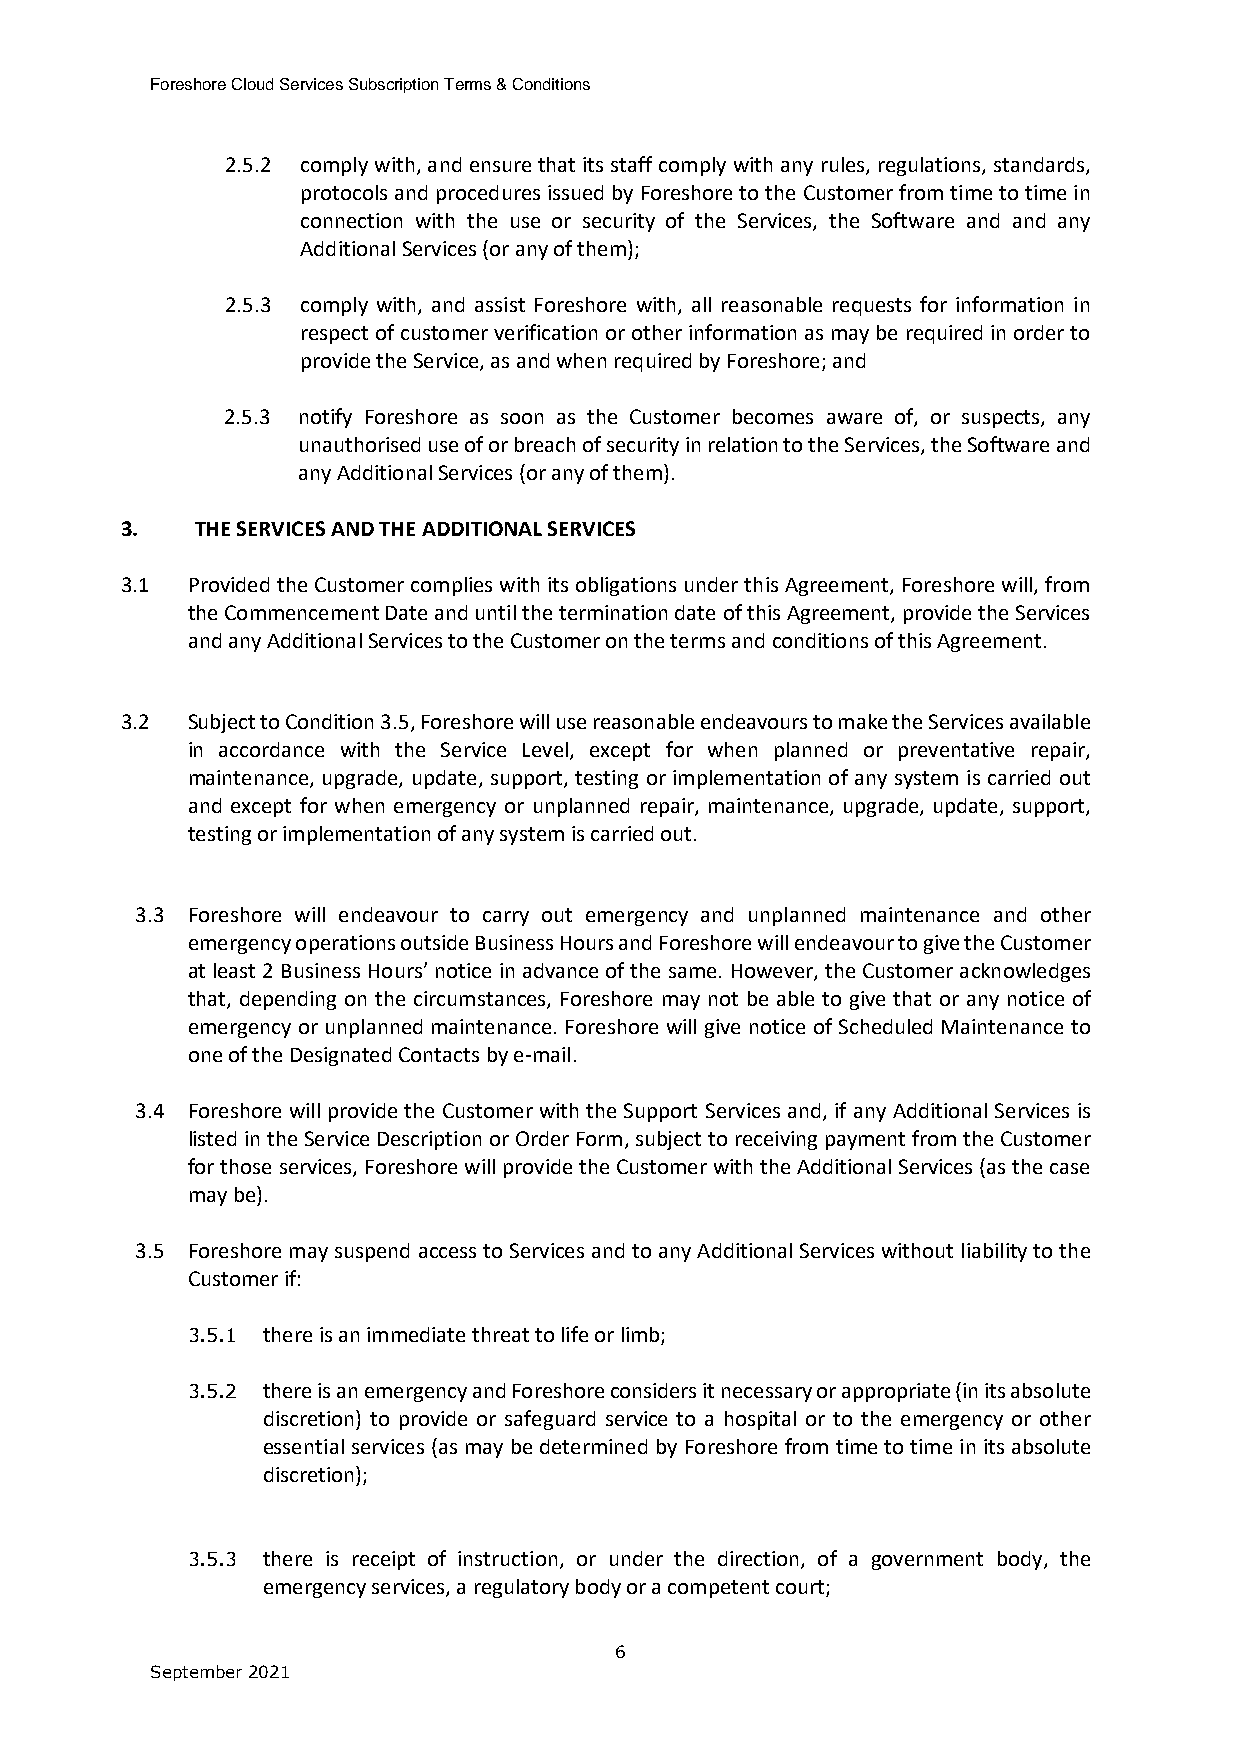
Foreshore Cloud Services Subscription Terms & Conditions
 2.5.2 comply with, and ensure that its staff comply with any rules, regulations, standards,
 protocols and procedures issued by Foreshore to the Customer from time to time in
 connection with the use or security of the Services, the Software and and any
 Additional Services (or any of them);
 2.5.3 comply with, and assist Foreshore with, all reasonable requests for information in
 respect of customer verification or other information as may be required in order to
 provide the Service, as and when required by Foreshore; and
 2.5.3 notify Foreshore as soon as the Customer becomes aware of, or suspects, any
 unauthorised use of or breach of security in relation to the Services, the Software and
 any Additional Services (or any of them).
 3.   THE SERVICES AND THE ADDITIONAL SERVICES
 3.1 Provided the Customer complies with its obligations under this Agreement, Foreshore will, from
 the Commencement Date and until the termination date of this Agreement, provide the Services
 and any Additional Services to the Customer on the terms and conditions of this Agreement.
 3.2 Subject to Condition 3.5, Foreshore will use reasonable endeavours to make the Services available
 in accordance with the Service Level, except for when planned or preventative repair,
 maintenance, upgrade, update, support, testing or implementation of any system is carried out
 and except for when emergency or unplanned repair, maintenance, upgrade, update, support,
 testing or implementation of any system is carried out.
 3.3 Foreshore will endeavour to carry out emergency and unplanned maintenance and other
 emergency operations outside Business Hours and Foreshore will endeavour to give the Customer
 at least 2 Business Hours’ notice in advance of the same. However, the Customer acknowledges
 that, depending on the circumstances, Foreshore may not be able to give that or any notice of
 emergency or unplanned maintenance. Foreshore will give notice of Scheduled Maintenance to
 one of the Designated Contacts by e-mail.
 3.4 Foreshore will provide the Customer with the Support Services and, if any Additional Services is
 listed in the Service Description or Order Form, subject to receiving payment from the Customer
 for those services, Foreshore will provide the Customer with the Additional Services (as the case
 may be).
 3.5 Foreshore may suspend access to Services and to any Additional Services without liability to the
 Customer if:
 3.5.1 there is an immediate threat to life or limb;
 3.5.2 there is an emergency and Foreshore considers it necessary or appropriate (in its absolute
 discretion) to provide or safeguard service to a hospital or to the emergency or other
 essential services (as may be determined by Foreshore from time to time in its absolute
 discretion);
 3.5.3 there is receipt of instruction, or under the direction, of a government body, the
 emergency services, a regulatory body or a competent court;
 6
 September 2021